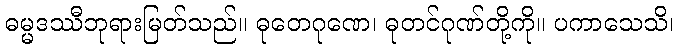
ဓမ္မဒဿီဘုရားမြတ်သည်။ ဓုတေဂုဏေ၊ ဓုတင်ဂုဏ်တို့ကို။ ပကာသေသိ၊